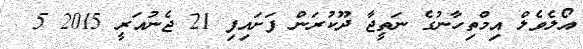
އޯލެވެލް އިމްތިހާނުގެ ނަތީޖާ ދޫކުރަން ފަށައިފި 21 ޖެނުއަރީ 2015 5